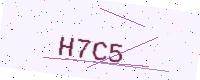
Text: H7C5